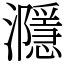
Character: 㶏